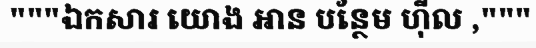
"""ឯកសារ យោង អាន បន្ថែម ហ៊ីល ,"""